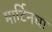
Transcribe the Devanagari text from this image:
मार्टिनचा